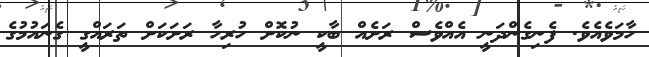
ހާމަވެއެވެ. ފެނިގެންދަނީ އެއްވެސް ރަށެއް ބާކީ ނުކޮށް ހުރިހާ ރަށަކަށް ތަރައްގީ ގެނައުމުގެ